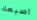
اصبعك